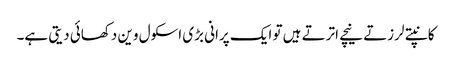
کانپتے لرزتے نیچے اترتے ہیں تو ایک پرانی بڑی اسکول وین دکھائی دیتی ہے۔